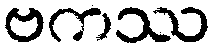
ဗကဿ